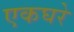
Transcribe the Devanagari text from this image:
एकघरे